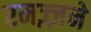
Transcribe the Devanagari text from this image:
रमज़्ज़ने